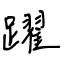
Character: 躍